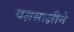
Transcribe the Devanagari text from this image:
यज्ञसाक्षीने